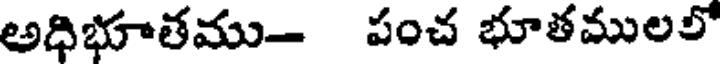
అధిభూతము- పంచ భూతములలో